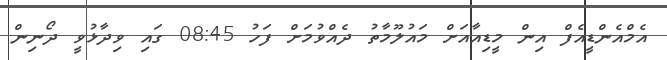
އެމްއެންޑީއެފް އިން މީޑިއާއަށް މައުލޫމާތު ދެއްވުމަށް ފަހު 08:45 ގައި ވިދާޅުވީ ދޯނިން